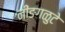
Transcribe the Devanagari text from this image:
नींङगळुटे